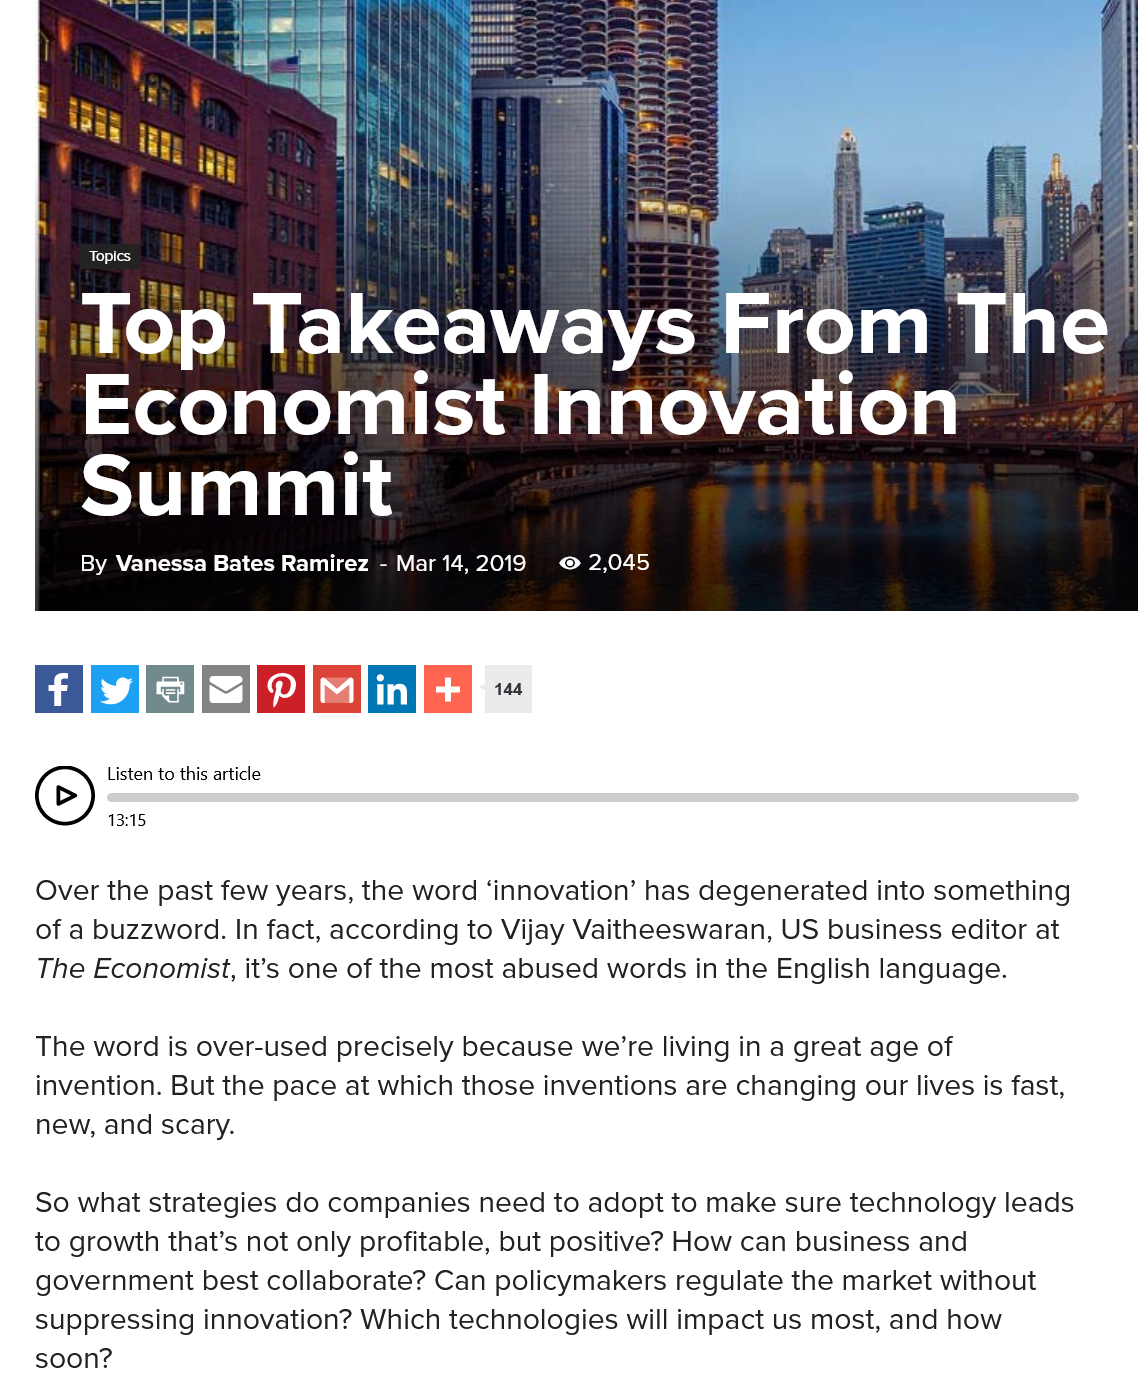
rye    a    se
     Economist    Innovation
     Summit
     By Vanessa Bates Ramirez
     -
     Mar 14,2019 © 2,045
     Top,    Takeaways    From    The
     Economist    Innovation
     .—
     Summit
     By Vanessa Bates Ramirez
     -
     Mar 14,2019 © 2,045
   Over the past few years, the word ‘innovation’ has degenerated into something
   of a buzzword. In fact, according to Vijay Vaitheeswaran, US business editor at
   The Economist, it’s one of the most abused words in the English language.
   The word is over-used precisely because we're living in a great age of
   invention. But the pace at which those inventions are changing our lives is fast,
   new, and scary.
   So what strategies do companies need to adopt to make sure technology leads
   to growth that’s not only profitable, but positive? How can business and
   government best collaborate? Can policymakers regulate the market without
   suppressing innovation? Which technologies will impact us most, and how
   soon?
     Bosley
     |
   C)
     Listen to this article
     13:15,